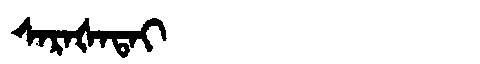
Manchu: ᠰᠠᡵᠠᡧᠠᡨᠠᡳ
Romanization: SARAŠATAI